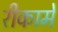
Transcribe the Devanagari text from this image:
रीकामे